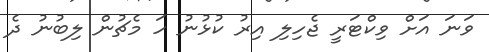
ވަނަ އަށް ވިކްޓަރީ ޖެހިލި އިރު ކުޅުނު ހަ މެޗުން ލިބުނު ދެ